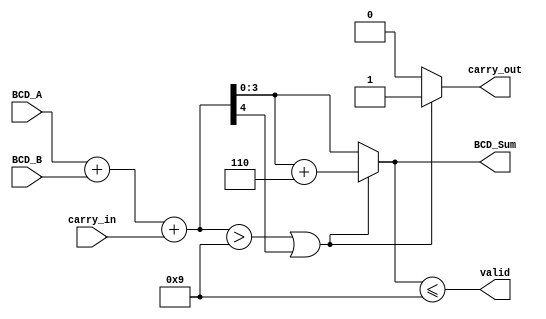
module BCD_Redundant_Binary_Adder (
    input  wire [3:0] BCD_A,      // 4-bit BCD input A
    input  wire [3:0] BCD_B,      // 4-bit BCD input B
    input  wire carry_in,          // 1-bit carry input
    output reg  [3:0] BCD_Sum,     // 4-bit BCD sum output
    output reg  carry_out,         // 1-bit carry output
    output reg  valid              // 1-bit valid output
);

    // Internal signals
    wire [4:0] redundant_A; // Redundant binary representation of A
    wire [4:0] redundant_B; // Redundant binary representation of B
    wire [4:0] redundant_sum; // Sum in redundant binary
    wire [4:0] corrected_sum; // Corrected sum after BCD correction

    // Convert BCD to Redundant Binary
    assign redundant_A = {1'b0, BCD_A}; // Extend to 5 bits for redundancy
    assign redundant_B = {1'b0, BCD_B}; // Extend to 5 bits for redundancy

    // Perform addition in redundant binary
    assign redundant_sum = redundant_A + redundant_B + carry_in;

    // BCD Correction Logic
    always @(*) begin
        if (redundant_sum > 5'd9 || redundant_sum[4]) begin
            // If sum is greater than 9 or there's a carry out
            corrected_sum = redundant_sum + 5'd6; // Add 6 to correct
            carry_out = 1'b1; // Set carry out
        end else begin
            corrected_sum = redundant_sum; // No correction needed
            carry_out = 1'b0; // No carry out
        end
    end

    // Convert corrected sum back to BCD
    always @(*) begin
        BCD_Sum = corrected_sum[3:0]; // Take the lower 4 bits as BCD sum
        valid = (BCD_Sum <= 4'd9); // Check if the result is a valid BCD
    end

endmodule